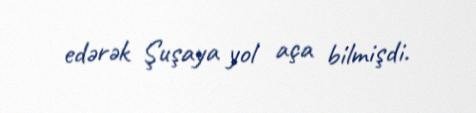
edərək Şuşaya yol aça bilmişdi.